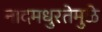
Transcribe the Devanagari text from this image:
नादमधुरतेमुळे